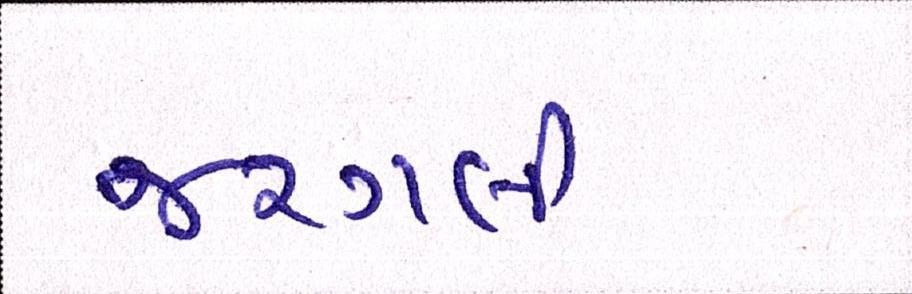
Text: જરગલી